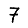
Digit: 7